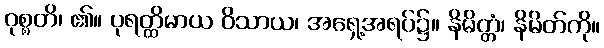
ဝုစ္စတိ၊ ၏။ ပုရတ္ထိမာယ ဝိသာယ၊ အရှေ့အရပ်၌။ နိမိတ္တံ၊ နိမိတ်ကို။